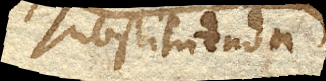
substituenda